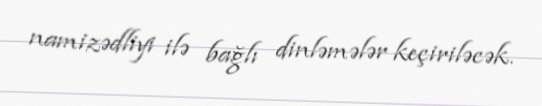
namizədliyi ilə bağlı dinləmələr keçiriləcək.